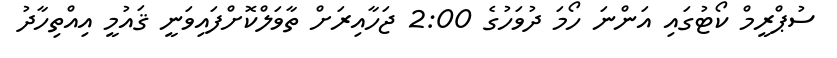
ސުޕްރީމް ކޯޓުގައި އަންނަ ހޯމަ ދުވަހުގެ 2:00 ޖަހާއިރަށް ތާވަލްކޮށްފައިވަނީ ޤައުމީ އިއްތިހާދު